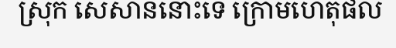
ស្រុក សេសាននោះទេ ក្រោមហេតុផល